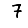
Digit: 7